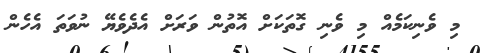
މި ވެނިކަމެއް މި ވެނި ގޮތަކަށް އޮތުން ވަރަށް އެދެވެޔޭ ނުވަތަ އެހެން